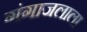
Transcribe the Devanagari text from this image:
गंगाजलाला